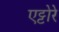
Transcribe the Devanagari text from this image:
एट्टोरे